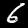
Label: 6